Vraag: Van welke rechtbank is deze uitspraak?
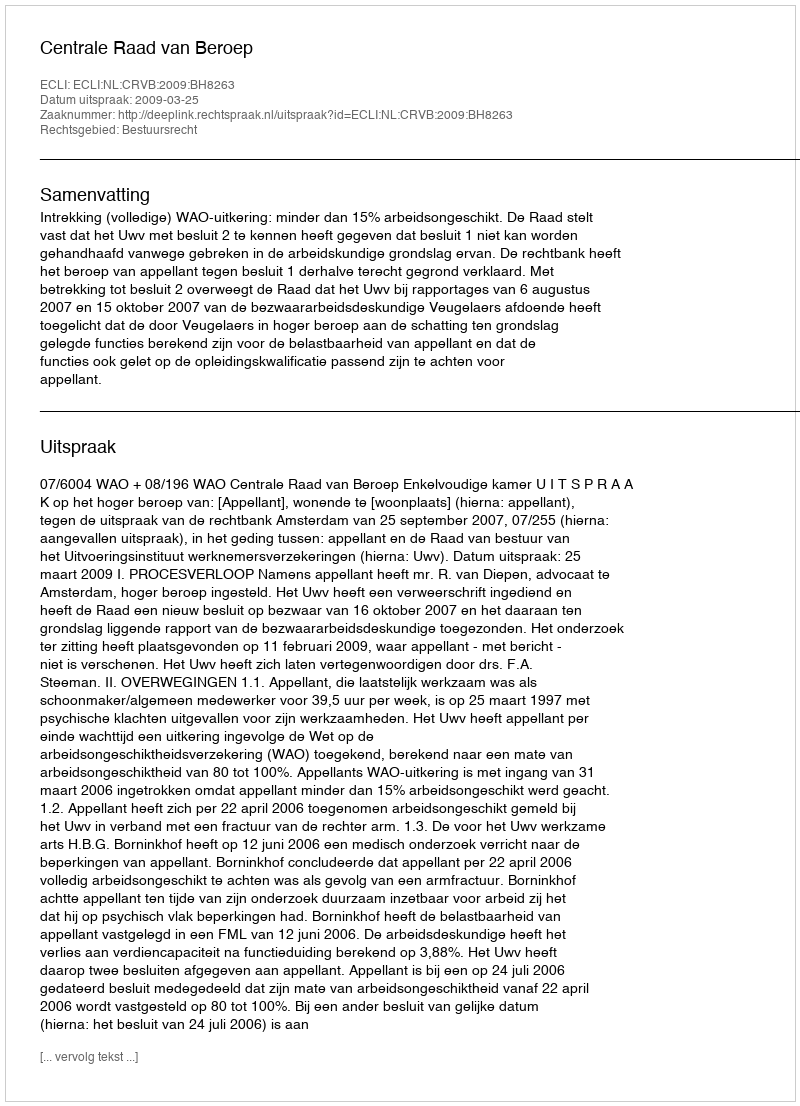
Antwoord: Centrale Raad van Beroep